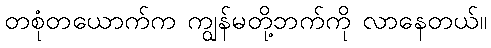
တစုံတယောက်က ကျွန်မတို့ဘက်ကို လာနေတယ်။